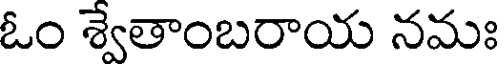
ఓం శ్వేతాంబరాయ నమః